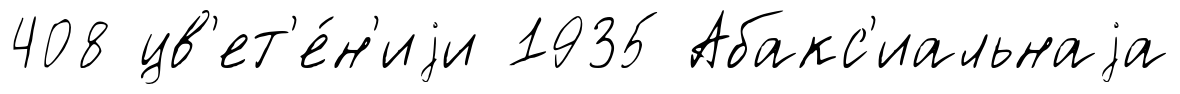
408 цв'ет'е́н'иjи 1935 Абакс'иальнаjа